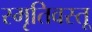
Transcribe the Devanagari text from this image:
स्मृतिवस्तू